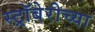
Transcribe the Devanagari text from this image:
स्ट्रॉबेरीच्या